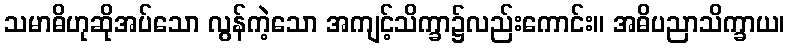
သမာဓိဟုဆိုအပ်သော လွန်ကဲ့သော အကျင့်သိက္ခာ၌လည်းကောင်း။ အဓိပညာသိက္ခာယ၊